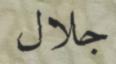
جلال